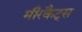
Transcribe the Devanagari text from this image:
मीरकैट्स